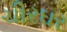
ચીરઘર